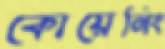
কোয়েনিং